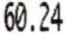
60.24